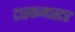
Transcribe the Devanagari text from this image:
टास्कमास्टर